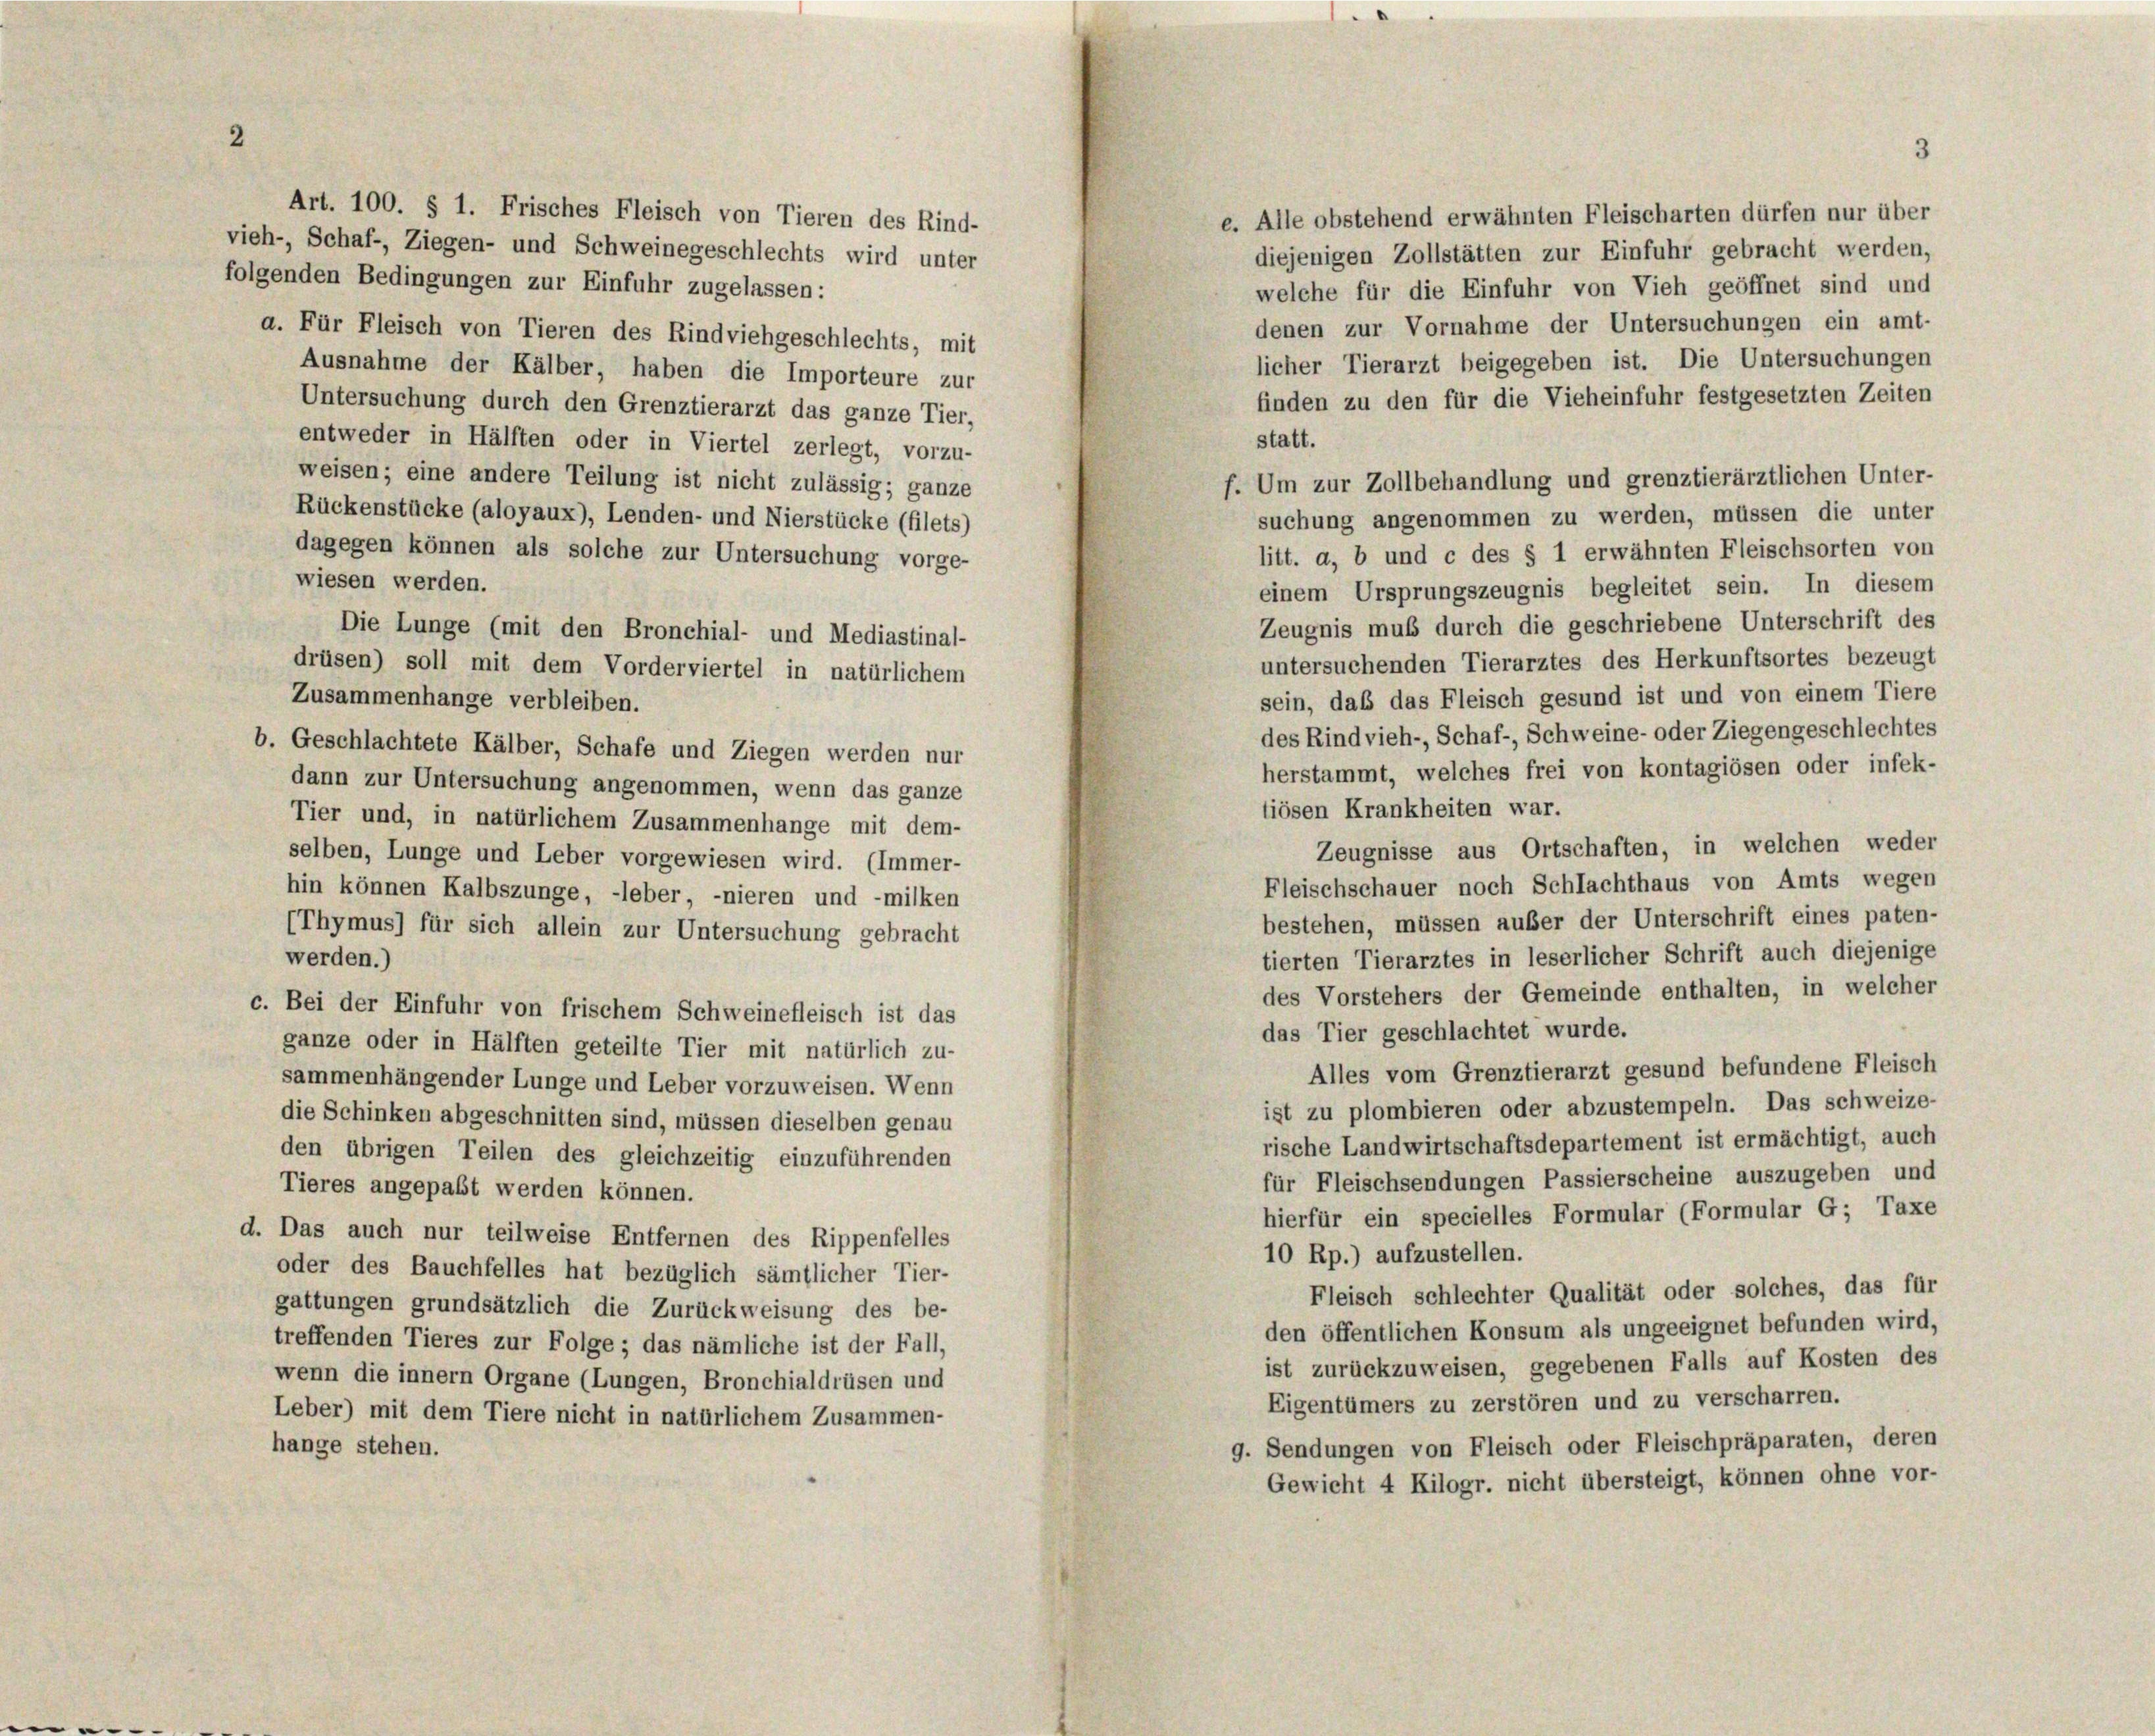
Art. 100. § 1. Frisches Fleisch von Tieren des Rind-
e. Alle obstehend erwähnten Fleischarten dürfen nur über
vieh-, Schaf-, Ziegen- und Schweinegeschlechts wird unter
diejenigen Zollstätten zur Einfuhr gebracht werden,
folgenden Bedingungen zur Einfuhr zugelassen:
welche für die Einfuhr von Vieh geöffnet sind und
denen zur Vornahme der Untersuchungen ein amt-
a. Für Fleisch von Tieren des Rindviehgeschlechts, mit
licher Tierarzt beigegeben ist. Die Untersuchungen
Ausnahme der Kälber, haben die Importeure zur
finden zu den für die Vieheinfuhr festgesetzten Zeiten
Untersuchung durch den Grenztierarzt das ganze Tier,
statt.
entweder in Hälften oder in Viertel zerlegt, vorzu-
weisen; eine andere Teilung ist nicht zulässig; ganze
f. Um zur Zollbehandlung und grenztierärztlichen Unter-
Rückenstücke (aloyaux), Lenden- und Nierstücke (filets,
suchung angenommen zu werden, müssen die unter
dagegen können als solche zur Untersuchung vorge-
litt. a, b und c des § 1 erwähnten Fleischsorten von
wiesen werden.
einem Ursprungszeugnis begleitet sein. In diesem
Zeugnis muß durch die geschriebene Unterschrift des
Die Lunge (mit den Bronchial- und Mediastinal-
untersuchenden Tierarztes des Herkunftsortes bezeugt
drüsen) soll mit dem Vorderviertel in natürlichem
sein, daß das Fleisch gesund ist und von einem Tiere
Zusammenhänge verbleiben.
des Rindvieh-, Schaf-, Schweine- oder Ziegengeschlechtes
b. Geschlachtete Kälber, Schafe und Ziegen werden nur
herstammt, welches frei von kontagiösen oder infek-
dann zur Untersuchung angenommen, wenn das ganze
tiösen Krankheiten war.
Tier und, in natürlichem Zusammenhänge mit dem-
Zeugnisse aus Ortschaften, in welchen weder
selben, Lunge und Leber vorgewiesen wird. (Immer-
Fleischschauer noch Schlachthaus von Amts wegen
hin können Kalbszunge, -leber, -nieren und -milken
bestehen, müssen außer der Unterschrift eines paten-
(Thymus) für sich allein zur Untersuchung gebracht
tierten Tierarztes in leserlicher Schrift auch diejenige
werden.)
des Vorstehers der Gemeinde enthalten, in welcher
c. Bei der Einfuhr von frischem Schweinefleisch ist das
das Tier geschlachtet wurde.
ganze oder in Hälften geteilte Tier mit natürlich zu-
Alles vom Grenztierarzt gesund befundene Fleisch
sammenhängender Lunge und Leber vorzuweisen. Wenn
ist zu plombieren oder abzustempeln. Das schweize-
die Schinken abgeschnitten sind, müssen dieselben genau
rische Landwirtschaftsdepartement ist ermächtigt, auch
den übrigen Teilen des gleichzeitig einzuführenden
für Fleischsendungen Passierscheine auszugeben und
Tieres angepaßt werden können.
hierfür ein specielles Formular (Formular G; Taxe
d. Das auch nur teilweise Entfernen des Rippenfelles
10 Rp.) aufzustellen.
oder des Bauchfelles hat bezüglich sämtlicher Tier-
Fleisch schlechter Qualität oder solches, das für
gattungen grundsätzlich die Zurückweisung des be-
den öffentlichen Konsum als ungeeignet befunden wird,
treffenden Tieres zur Folge; das nämliche ist der Fall,
ist zurückzuweisen, gegebenen Falls auf Kosten des
wenn die innern Organe (Lungen, Bronchialdrüsen und
Eigentümers zu zerstören und zu verscharren.
Leber) mit dem Tiere nicht in natürlichem Zusammen-
9. Sendungen von Fleisch oder Fleischpräparaten, deren
hange stehen.
Gewicht 4 Kilogr. nicht übersteigt, können ohne vor-